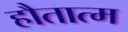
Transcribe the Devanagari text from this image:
हौतात्म